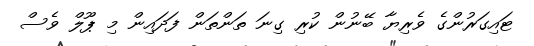
ޓައިގަރުންގެ ވެރިޔާ ބޭނުން ކުރި ގިނަ ތަންތަން ފަދައިން މި ޕޫލް ވެސް